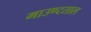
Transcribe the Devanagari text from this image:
माउण्टताल